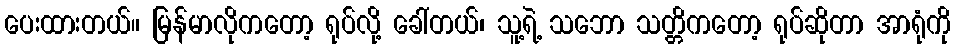
ပေးထားတယ်။ မြန်မာလိုကတော့ ရုပ်လို့ ခေါ်တယ်၊ သူ့ရဲ့ သဘော သတ္တိကတော့ ရုပ်ဆိုတာ အာရုံကို